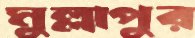
মুল্লাপুর